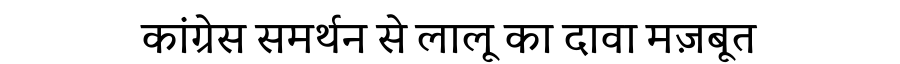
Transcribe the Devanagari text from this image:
कांग्रेस समर्थन से लालू का दावा मज़बूत